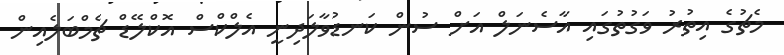
މެޗުގެ އިތުރު ވަގުތުގައި އާސެނަލް އަށް ސުން ކަނޑުވާލަދިނީ އެލްކްސް އޮކްލޭޑް ޗެމްބަލެއިން